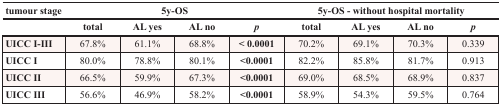
| tumour stage | <COLSPAN=4> 5y-OS | <COLSPAN=4> 5y-OS - without hospital mortality |
 |  | total | AL yes | AL no | p | total | AL yes | AL no | p |
 | --- | --- | --- | --- | --- | --- | --- | --- | --- |
 | UICC I-III | 67.8% | 61.1% | 68.8% | <0.0001 | 70.2% | 69.1% | 70.3% | 0.339 |
 | UICC I | 80.0% | 78.8% | 80.1% | <0.0001 | 82.2% | 85.8% | 81.7% | 0.913 |
 | UICC II | 66.5% | 59.9% | 67.3% | <0.0001 | 69.0% | 68.5% | 68.9% | 0.837 |
 | UICC III | 56.6% | 46.9% | 58.2% | <0.0001 | 58.9% | 54.3% | 59.5% | 0.764 |